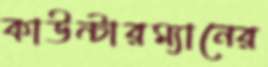
কাউন্টারম্যানের